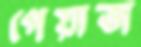
পেয়াজ